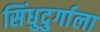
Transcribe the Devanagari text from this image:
सिंधुदुर्गाला